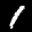
Label: 1